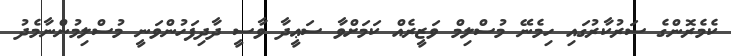
ކެމެރޮންގެ ސަރުކާރުގައި ހިމެނޭ މުސްލިމް ވަޒީރެއް ކަމަށްވާ ސަޢީދާ ވާސީ ދާދިފަހުންވަނީ މުސްލިމުންނާމެދު